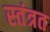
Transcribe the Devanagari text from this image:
स्‍तंत्रत